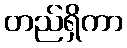
တည်ရှိကာ